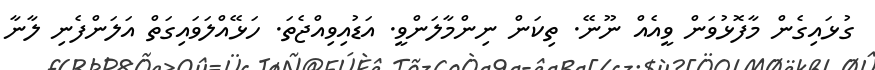
ގުޅައިގެން މާފޮޅުވަން ވީއެއް ނޫނޭ. ތިކަން ނިންމާލަންވީ. އަޑުއިވިއްޖެތަ. ހަޅޭއްލަވައިގަތް އަލަންފެނި ލާނާ